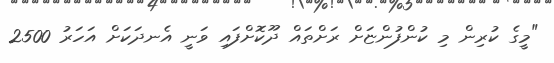
"މީގެ ކުރިން މި ކުންފުންޏަށް ރަށްތައް ދޫކޮށްފައި ވަނީ އެނދަކަށް އަހަރު 2500